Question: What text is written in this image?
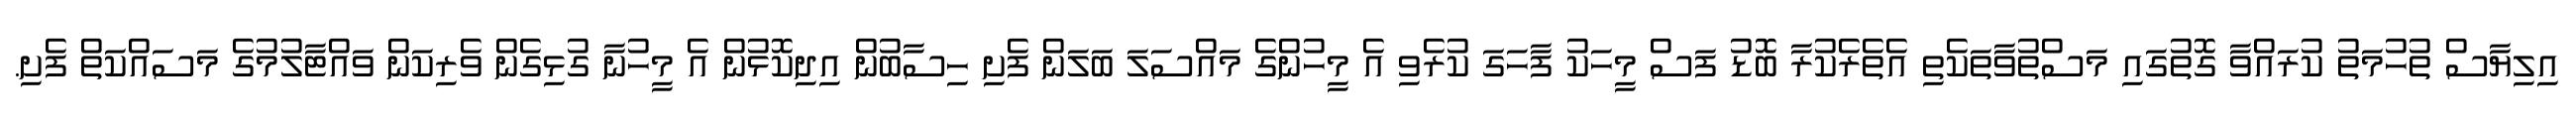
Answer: އިލިޔާސް ތުހުމަތު ކުރައްވާ ގޮތުގައި މަސްތުވާތަކެތި އެތެރެކުރާ ބޮޑު ފަސް މީހަކު ފާހަގަ ކުރެވި އެ މީހުންގެ މައްސަލަ ބަލަން ފެށި ހިސާބުން އިދިކޮޅުން އެ މީހުނާ ގުޅިގެން ވެރިކަން ވައްޓާލުމުގެ މަސައްކަތް ފެށި.